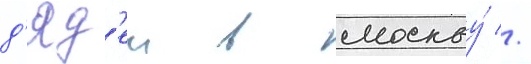
д'яд'еи в москву́ //